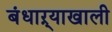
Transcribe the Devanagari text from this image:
बंधाऱ्याखाली